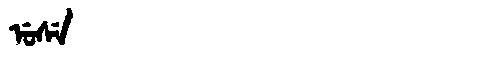
Manchu: ᡠᠰᡝ
Romanization: USE